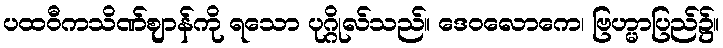
ပထဝီကသိဏ်ဈာန်ကို ရသော ပုဂ္ဂိုလ်သည်။ ဒေဝလောကေ၊ ဗြဟ္မာပြည်၌။